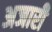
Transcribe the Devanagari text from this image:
अजारी